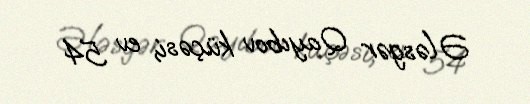
Ələsgər Qayıbov küçəsi, ev 54